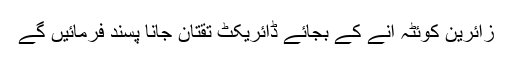
زائرین کوئٹہ آنے کے بجائے ڈائریکٹ تقتان جانا پسند فرمائیں گے